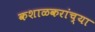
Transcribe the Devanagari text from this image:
कशाळकरांच्या